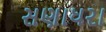
સણાધરા